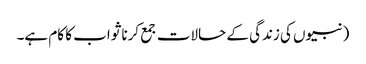
(نبیوں کی زندگی کے حالات جمع کرنا ثواب کا کام ہے۔